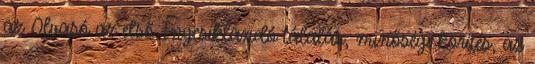
az Olvasó az első Ínycsiklandó tálalás, minőségi körítés, az